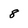
Character: 8